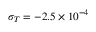
\sigma _ { { T } } = - 2 . 5 \times 1 0 ^ { - 4 }